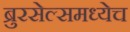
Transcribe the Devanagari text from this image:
ब्रुरसेल्समध्येच